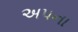
અપના